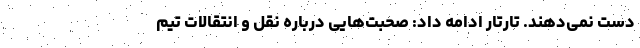
دست نمی‌دهند. تارتار ادامه داد: صحبت‌هایی درباره نقل و انتقالات تیم